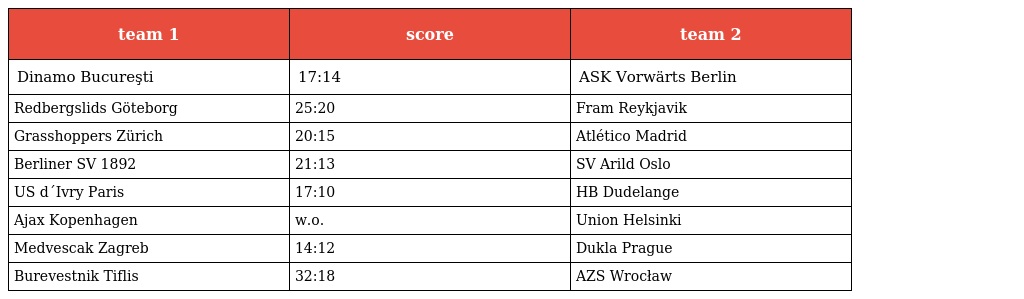
| team 1 | score | team 2 |
 | --- | --- | --- |
 | Dinamo Bucureşti | 17:14 | ASK Vorwärts Berlin |
 | Redbergslids Göteborg | 25:20 | Fram Reykjavik |
 | Grasshoppers Zürich | 20:15 | Atlético Madrid |
 | Berliner SV 1892 | 21:13 | SV Arild Oslo |
 | US d´Ivry Paris | 17:10 | HB Dudelange |
 | Ajax Kopenhagen | w.o. | Union Helsinki |
 | Medvescak Zagreb | 14:12 | Dukla Prague |
 | Burevestnik Tiflis | 32:18 | AZS Wrocław |